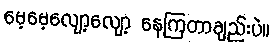
မေ့မေ့လျော့လျော့ နေကြတာချည်းပဲ။